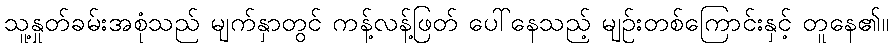
သူ့နှုတ်ခမ်းအစုံသည် မျက်နှာတွင် ကန့်လန့်ဖြတ် ပေါ်နေသည့် မျဉ်းတစ်ကြောင်းနှင့် တူနေ၏။